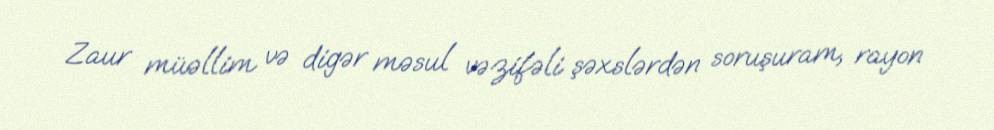
Zaur müəllim və digər məsul vəzifəli şəxslərdən soruşuram, rayon